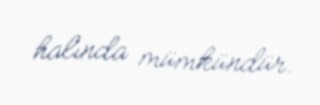
halında mümkündür.